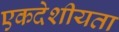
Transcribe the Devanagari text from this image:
एकदेशीयता